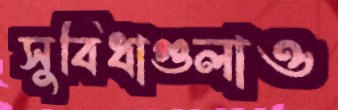
সুবিধাগুলাও